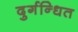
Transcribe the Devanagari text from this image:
दुर्गन्धित